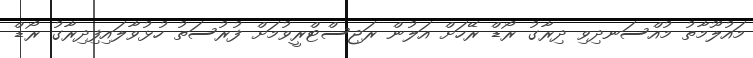
މައުލޫމާތު މުއްސަނދިވި ދިރާގު ރޯޑް ރޭހަށް އަލުން ރަޖިސްޓްރީވުމަށް ފުރުސަތު ހުޅުވާލައިފިދިރާގު ރޯޑް